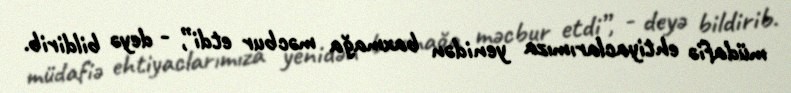
müdafiə ehtiyaclarımıza yenidən baxmağa məcbur etdi”, - deyə bildirib.